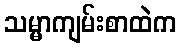
သမ္မာကျမ်းစာထဲက